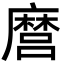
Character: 麿